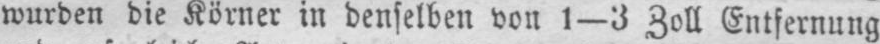
wurden die Körner in denselben von l-3 Zoll Entfernung